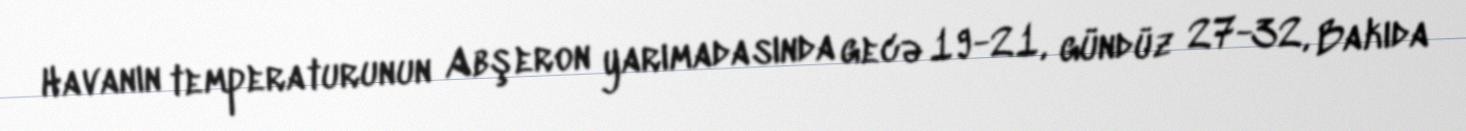
Havanın temperaturunun Abşeron yarımadasında gecə 19-21, gündüz 27-32, Bakıda